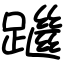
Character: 䠪